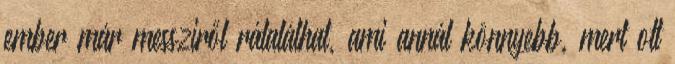
ember már messziről rátalálhat, ami annál könnyebb, mert ott